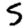
Digit: 5